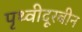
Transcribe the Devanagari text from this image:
पृथ्वीदूरबीन